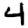
Digit: 4